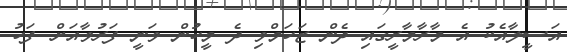
އަސީލާއެކު އެ މާރާމާރީގައި ދެން ޒަހަމްވި ދެ މީހުން ވަނީ ފަރުވާއަށް ފަހު